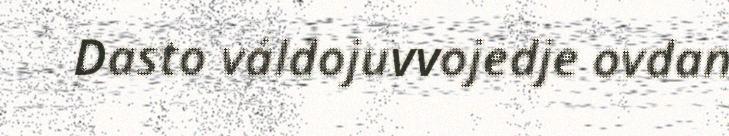
Dasto váldojuvvojedje ovdan